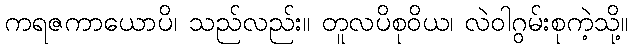
ကရဇကာယောပိ၊ သည်လည်း။ တူလပိစုဝိယ၊ လဲဝါဂွမ်းစုကဲ့သို့။